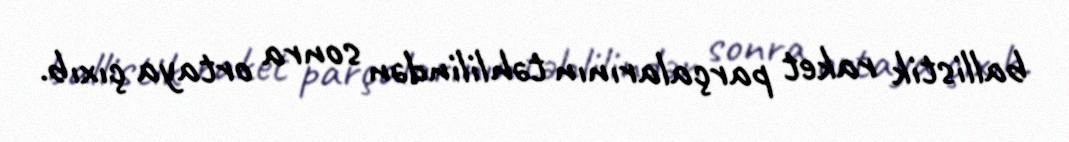
ballistik raket parçalarının təhlilindən sonra ortaya çıxıb.